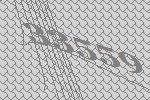
33559